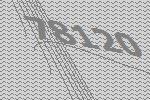
78120